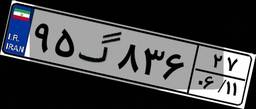
۳۵گ۴۵۴۸۵